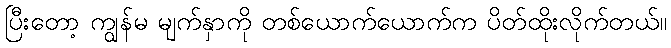
ပြီးတော့ ကျွန်မ မျက်နှာကို တစ်ယောက်ယောက်က ပိတ်ထိုးလိုက်တယ်။